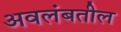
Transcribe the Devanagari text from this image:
अवलंबतील